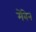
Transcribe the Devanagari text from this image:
मेंबेन